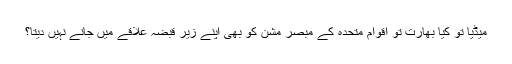
میڈیا تو کیا بھارت تو اقوام متحدہ کے مبصر مشن کو بھی اپنے زیرِ قبضہ علاقے میں جانے نہیں دیتا؟